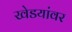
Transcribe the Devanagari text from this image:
खेडयांवर